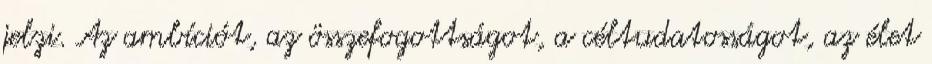
jelzi. Az ambíciót, az összefogottságot, a céltudatosságot, az élet